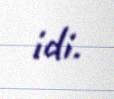
idi.